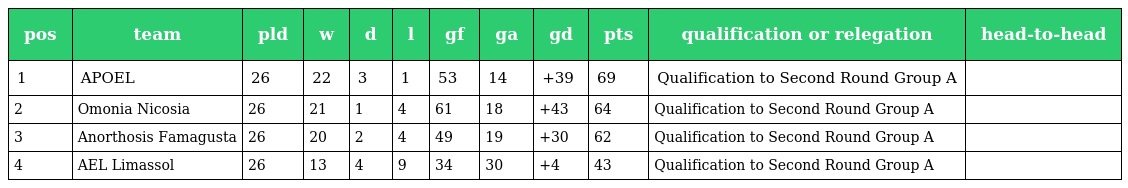
| pos | team | pld | w | d | l | gf | ga | gd | pts | qualification or relegation | head-to-head |
 | --- | --- | --- | --- | --- | --- | --- | --- | --- | --- | --- | --- |
 | 1 | APOEL | 26 | 22 | 3 | 1 | 53 | 14 | +39 | 69 | Qualification to Second Round Group A |  |
 | 2 | Omonia Nicosia | 26 | 21 | 1 | 4 | 61 | 18 | +43 | 64 | Qualification to Second Round Group A |  |
 | 3 | Anorthosis Famagusta | 26 | 20 | 2 | 4 | 49 | 19 | +30 | 62 | Qualification to Second Round Group A |  |
 | 4 | AEL Limassol | 26 | 13 | 4 | 9 | 34 | 30 | +4 | 43 | Qualification to Second Round Group A |  |